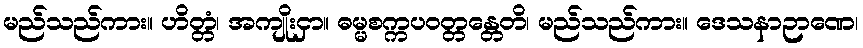
မည်သည်ကား။ ဟိတ္တံ၊ အကျိုးငှာ။ ဓမ္မစက္ကပဝတ္တန္တေတိ၊ မည်သည်ကား။ ဒေသနာဉာဏေ၊